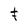
Character: F